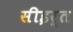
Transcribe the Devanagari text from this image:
सीइर्त